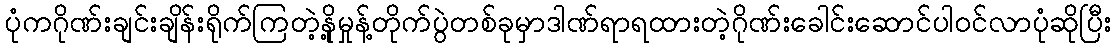
ပုံကဂိုဏ်းချင်းချိန်းရိုက်ကြတဲ့နို့မှုန့်တိုက်ပွဲတစ်ခုမှာဒါဏ်ရာရထားတဲ့ဂိုဏ်းခေါင်းဆောင်ပါဝင်လာပုံဆိုပြီး